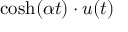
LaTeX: \cosh ( \alpha t ) \cdot u ( t )